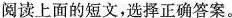
阅读上面的短文,选择正确答案。